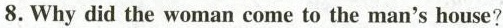
8. Why did the woman come to the man's house?